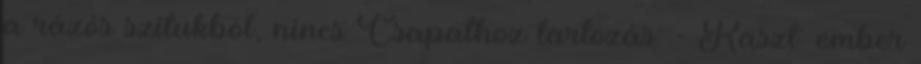
a rázós szitukból, nincs Csapathoz tartozás: - Kaszt: ember